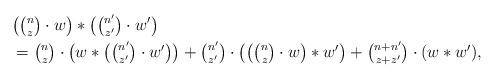
LaTeX: \begin{align*} &\big(\tbinom{n}{z} \cdot w \big)\ast\big( \tbinom{n'}{z'} \cdot w'\big)\\ &= \tbinom{n}{z} \cdot \big(w \ast \big(\tbinom{n'}{z'} \cdot w'\big)\big)+ \tbinom{n'}{z'} \cdot \big(\big( \tbinom{n}{z} \cdot w\big) \ast w'\big)+ \tbinom{n+n'}{z+z'} \cdot (w \ast w'),\end{align*}